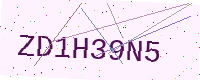
Text: ZD1H39N5